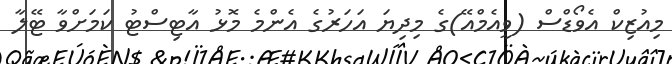
މިއުޒިކް އެވޯޑްސް (ވީއެމްއޭ)ގެ މިދިޔަ އަހަރުގެ އެންމެ މޮޅު އާޓިސްޓު ކަމަށްވާ ޓޭލާ